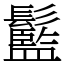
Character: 䰐